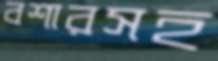
বশারসহ